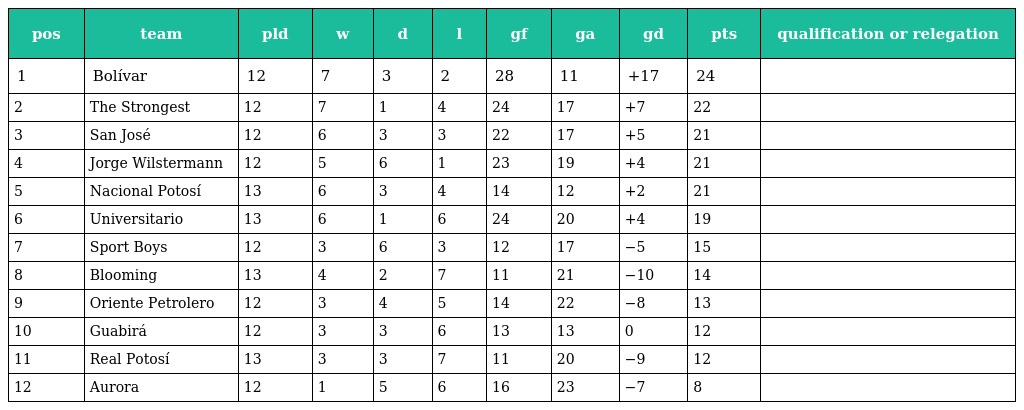
| pos | team | pld | w | d | l | gf | ga | gd | pts | qualification or relegation |
 | --- | --- | --- | --- | --- | --- | --- | --- | --- | --- | --- |
 | 1 | Bolívar | 12 | 7 | 3 | 2 | 28 | 11 | +17 | 24 |  |
 | 2 | The Strongest | 12 | 7 | 1 | 4 | 24 | 17 | +7 | 22 |  |
 | 3 | San José | 12 | 6 | 3 | 3 | 22 | 17 | +5 | 21 |  |
 | 4 | Jorge Wilstermann | 12 | 5 | 6 | 1 | 23 | 19 | +4 | 21 |  |
 | 5 | Nacional Potosí | 13 | 6 | 3 | 4 | 14 | 12 | +2 | 21 |  |
 | 6 | Universitario | 13 | 6 | 1 | 6 | 24 | 20 | +4 | 19 |  |
 | 7 | Sport Boys | 12 | 3 | 6 | 3 | 12 | 17 | −5 | 15 |  |
 | 8 | Blooming | 13 | 4 | 2 | 7 | 11 | 21 | −10 | 14 |  |
 | 9 | Oriente Petrolero | 12 | 3 | 4 | 5 | 14 | 22 | −8 | 13 |  |
 | 10 | Guabirá | 12 | 3 | 3 | 6 | 13 | 13 | 0 | 12 |  |
 | 11 | Real Potosí | 13 | 3 | 3 | 7 | 11 | 20 | −9 | 12 |  |
 | 12 | Aurora | 12 | 1 | 5 | 6 | 16 | 23 | −7 | 8 |  |